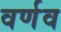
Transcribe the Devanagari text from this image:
वर्णव